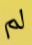
لم